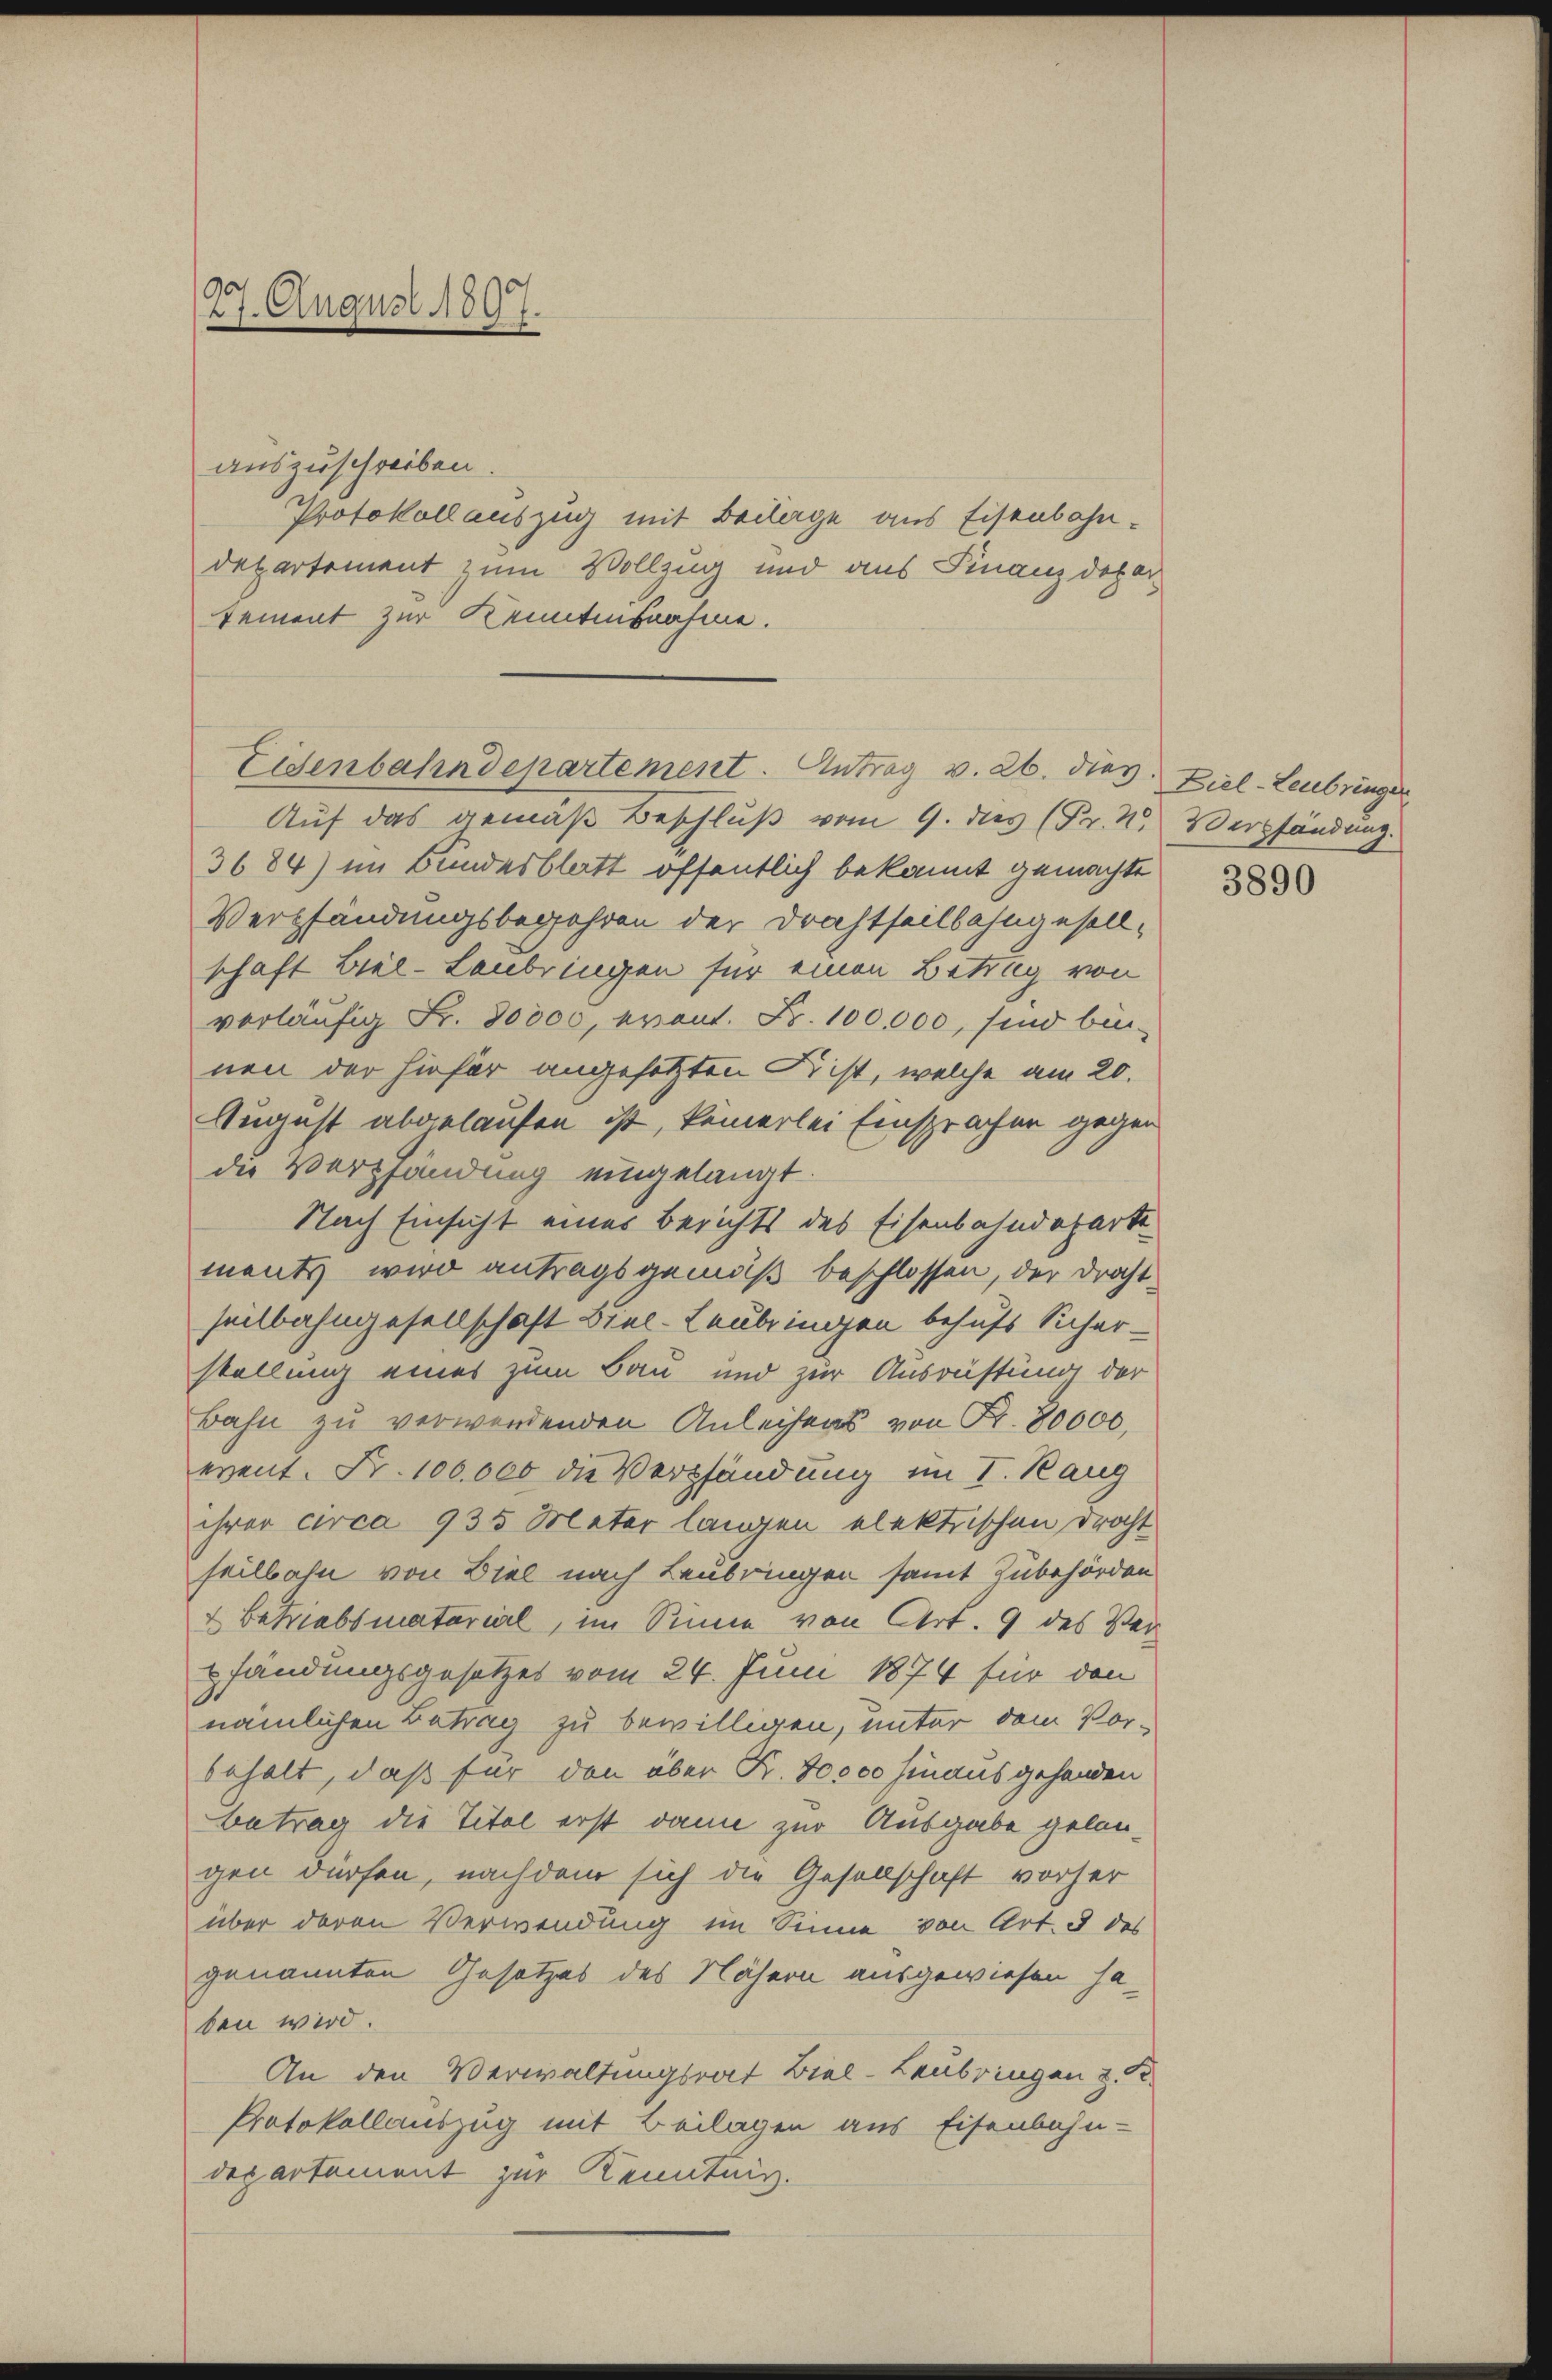
27. August 1897

auszuschreiben.
Protokoll auszug mit Beilage aus Eisenbahn¬
Departement zum Vollzug und aus Finanzdepar
tement zur Kenntensnahme.

Eisenbahndepartement. Antrag v. 26. dies Ziel-Leubringer

Auf das gemäß Beschluß vom 9. dies (Fr. 2. Verpfändung.
3684) im Bundesblatt öffentlich bekannt gemachte
Verpfändungsbegehren der Drachtheilbahngesell-
schaft Biel-Laubringen für einen Betrag von
vorläufig Fr. 80000, event. Fr. 100,000, sind bei
nen der hiefür angesetzten Krist, welche am 20.
August abgelaufen ist, keinerlei Einsprachen gegen
die Verpfändung eingelangt.
Nach Einsicht einer Berichts des Eisenbahndeparte
ments wird antragsgemäß beschlossen, der Draht
seitbahngesellschaft Biel-Laubringen behufs Sicherstellung eines zum Bau und zur Ausrüstung der
Bahn zu verwendenden Anleihens von Fr. 80000.
event. Fr. 100000 die Verpfändung im I. Rang
ihrer circa 935 Meter langen elektrischen Drecht
seilbahn von Biel nach Leubringen samt Zubehörden
Betiabsmaterial, im Sinne von Art. 9 des Ver-
pfändungsgesetzes vom 24. Juni 1874 für den
nämlichen Betrag zu bewilligen, unter dem Vor-
behalt, daß für den über K. 80000 hinaus gehanden
Betrag die Titel erst dann zur Ausgabe gelan-
gen dürfen, nachdem sich die Gesellschaft vorher
über deren Verwendung im Sinne von Art. 3 des
genannten Gesetzes des Nähern ausgewiesen ha-
ben wird.
An den Verwaltungsrat Biel-Laubringen z.
Protokollauszug mit Beilagen aus Eisenbahn-
departement zur Kenntnis.